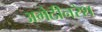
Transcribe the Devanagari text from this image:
अमेठीनरेश